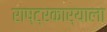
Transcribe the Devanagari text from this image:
राष्ट्रकार्याला